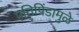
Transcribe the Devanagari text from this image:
प्रतिपिंडामुळे